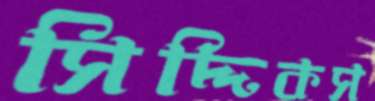
সিদ্দিকস